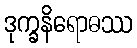
ဒုက္ခနိရောဓဿ